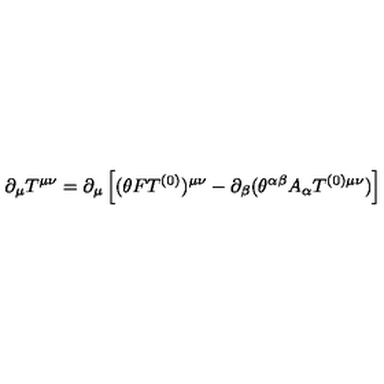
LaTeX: \partial _ { \mu } T ^ { \mu \nu } = \partial _ { \mu } \left[ ( \theta F T ^ { ( 0 ) } ) ^ { \mu \nu } - \partial _ { \beta } ( \theta ^ { \alpha \beta } A _ { \alpha } T ^ { ( 0 ) \mu \nu } ) \right]